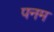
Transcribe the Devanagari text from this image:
पनम